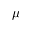
\mu